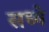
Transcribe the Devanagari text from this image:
सध्ये